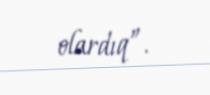
olardıq”.